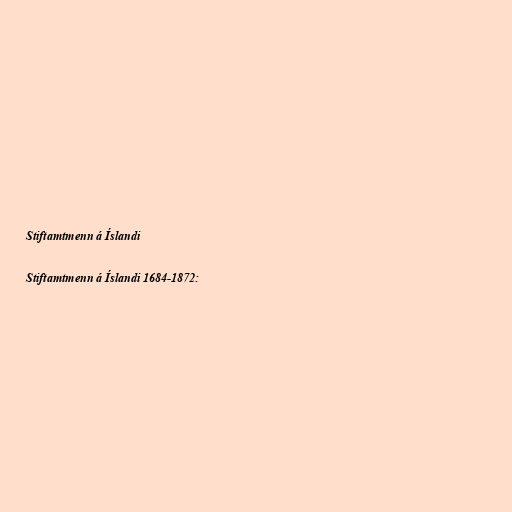
Stiftamtmenn á Íslandi

Stiftamtmenn á Íslandi 1684-1872: